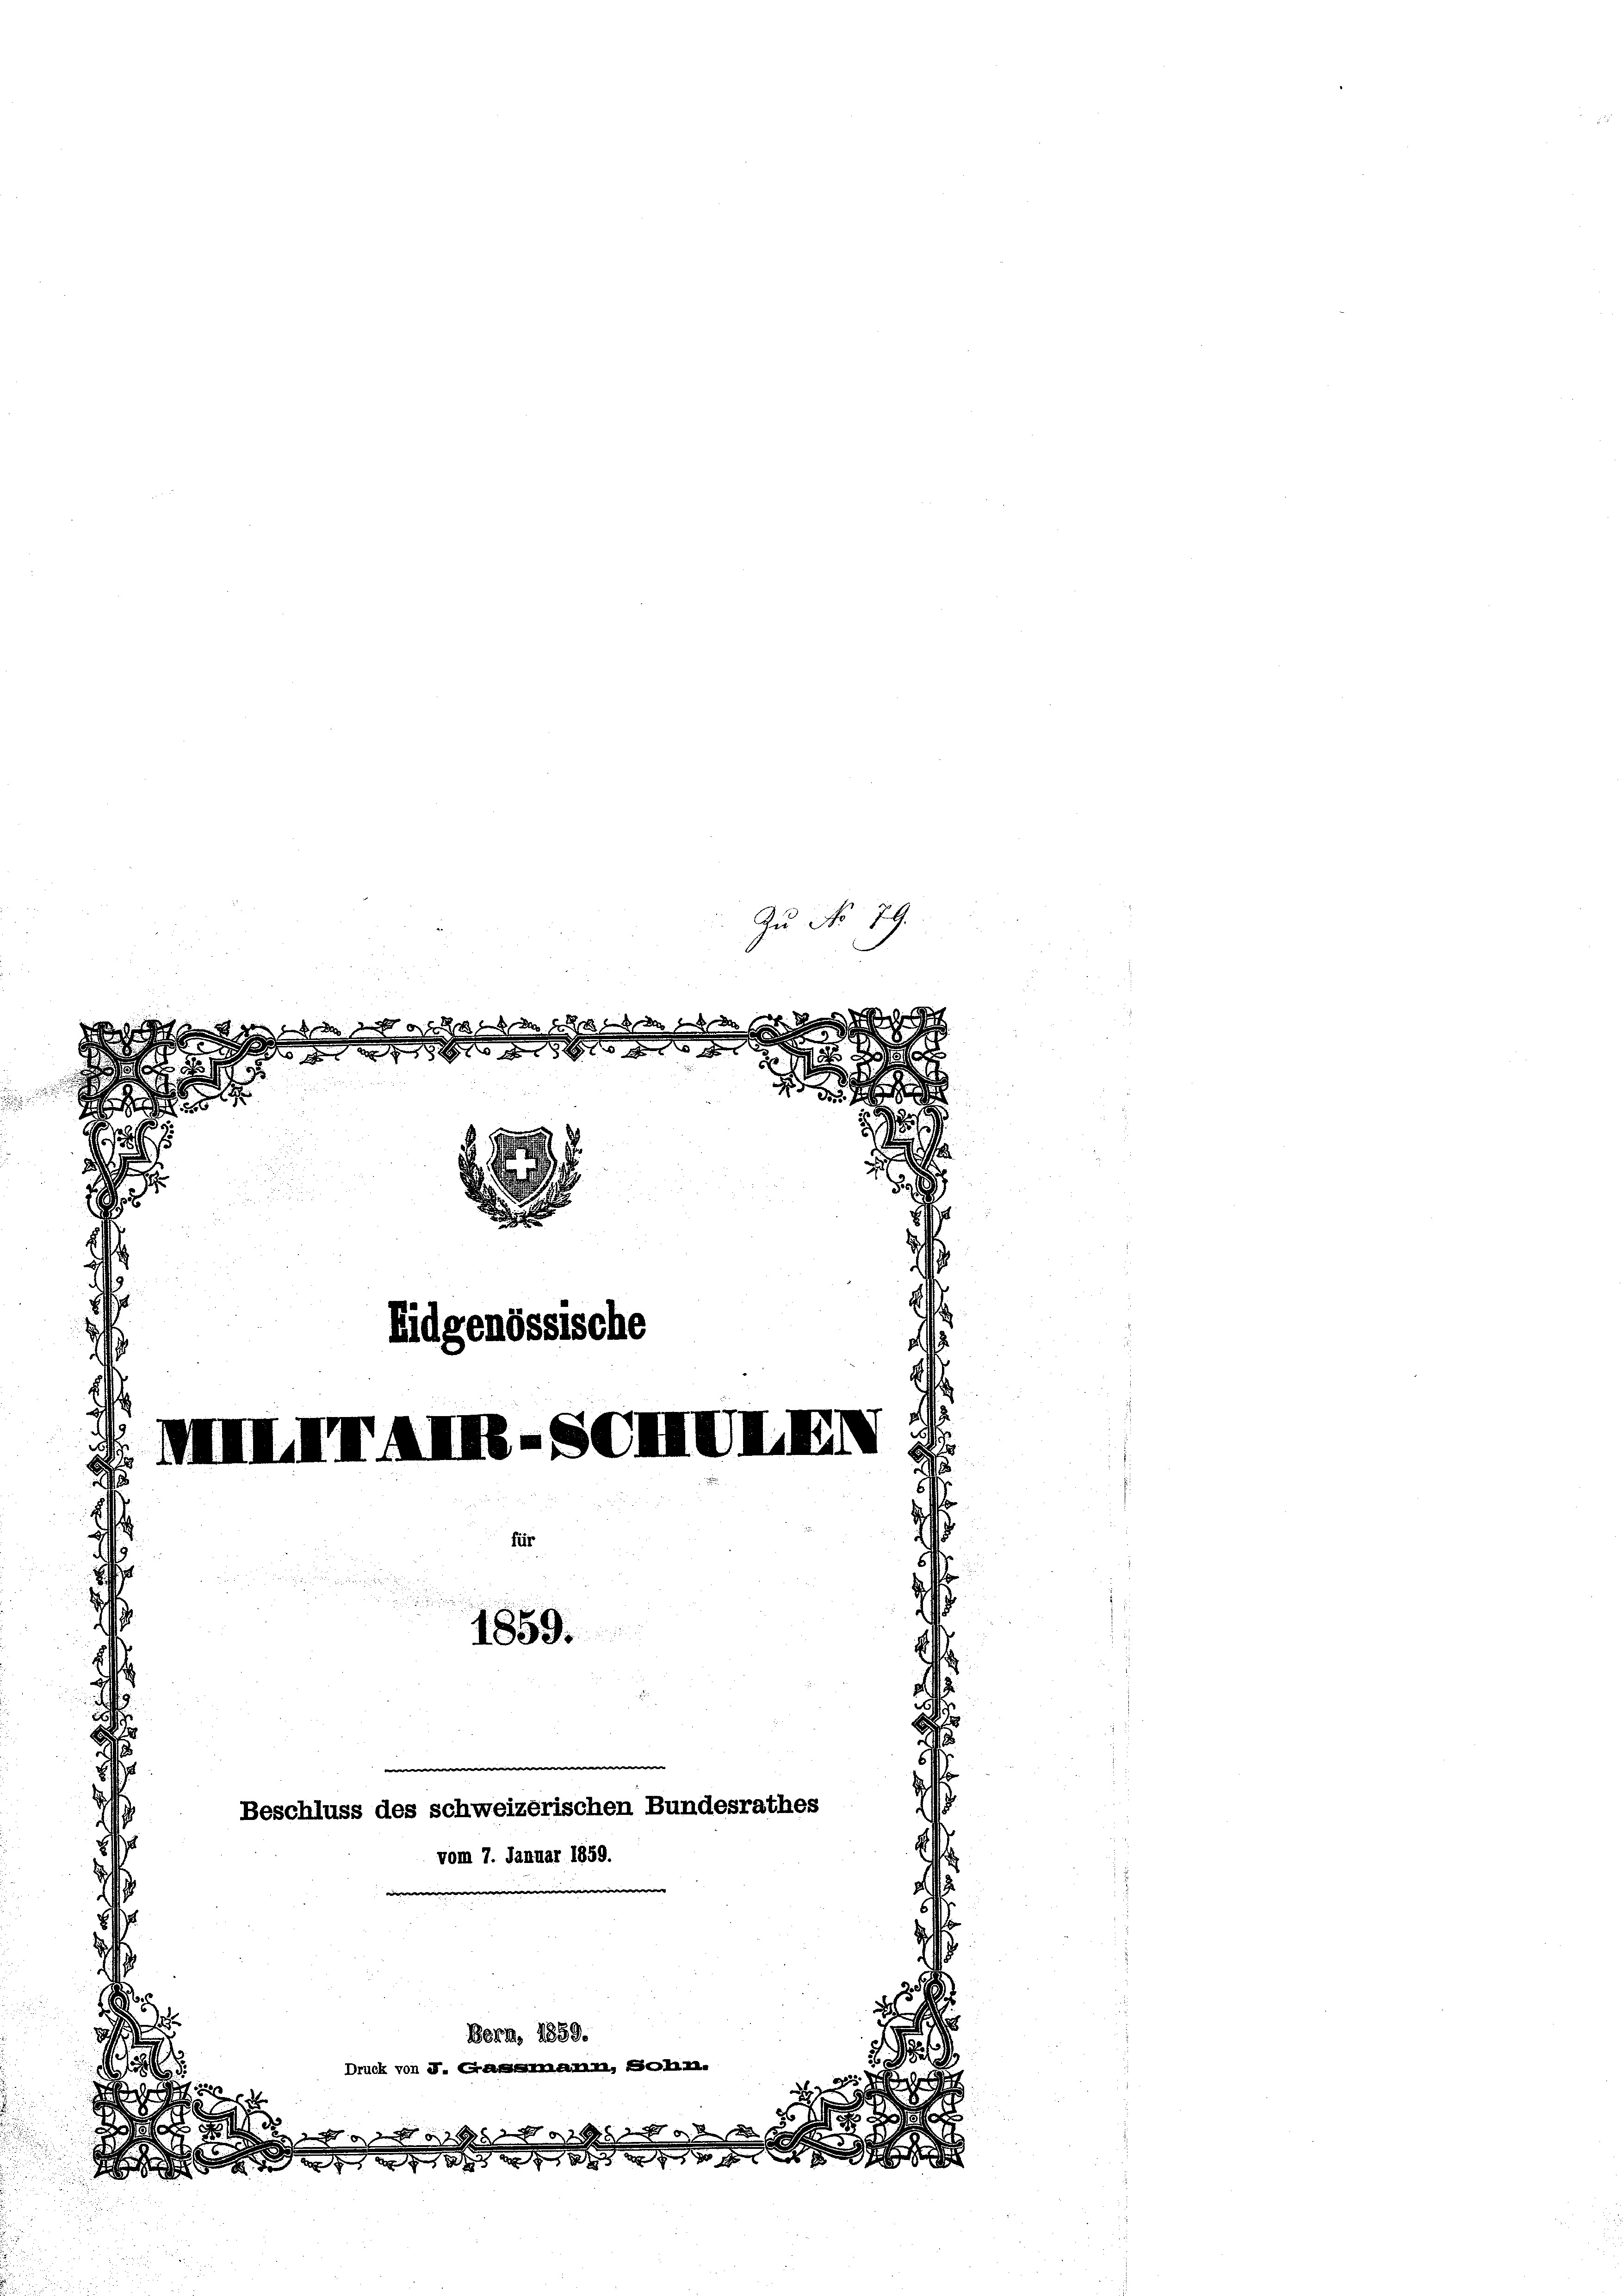
d
1

8

in der
a
g
n
d
 g   der der

e
5
2
u
5
d

85
2
.

3 18

8
s
o
.
2
d
i
Eidgenössische
d
i
 1. Augend
u
i
ür
s
1859.

Beschluss des schweizerischen Bundesrathes
vom 7. Januar 1859.
e
25
Berm. 1859.

Druck von J. a. O.
.

g die er so das e f g da

Zu No 79.